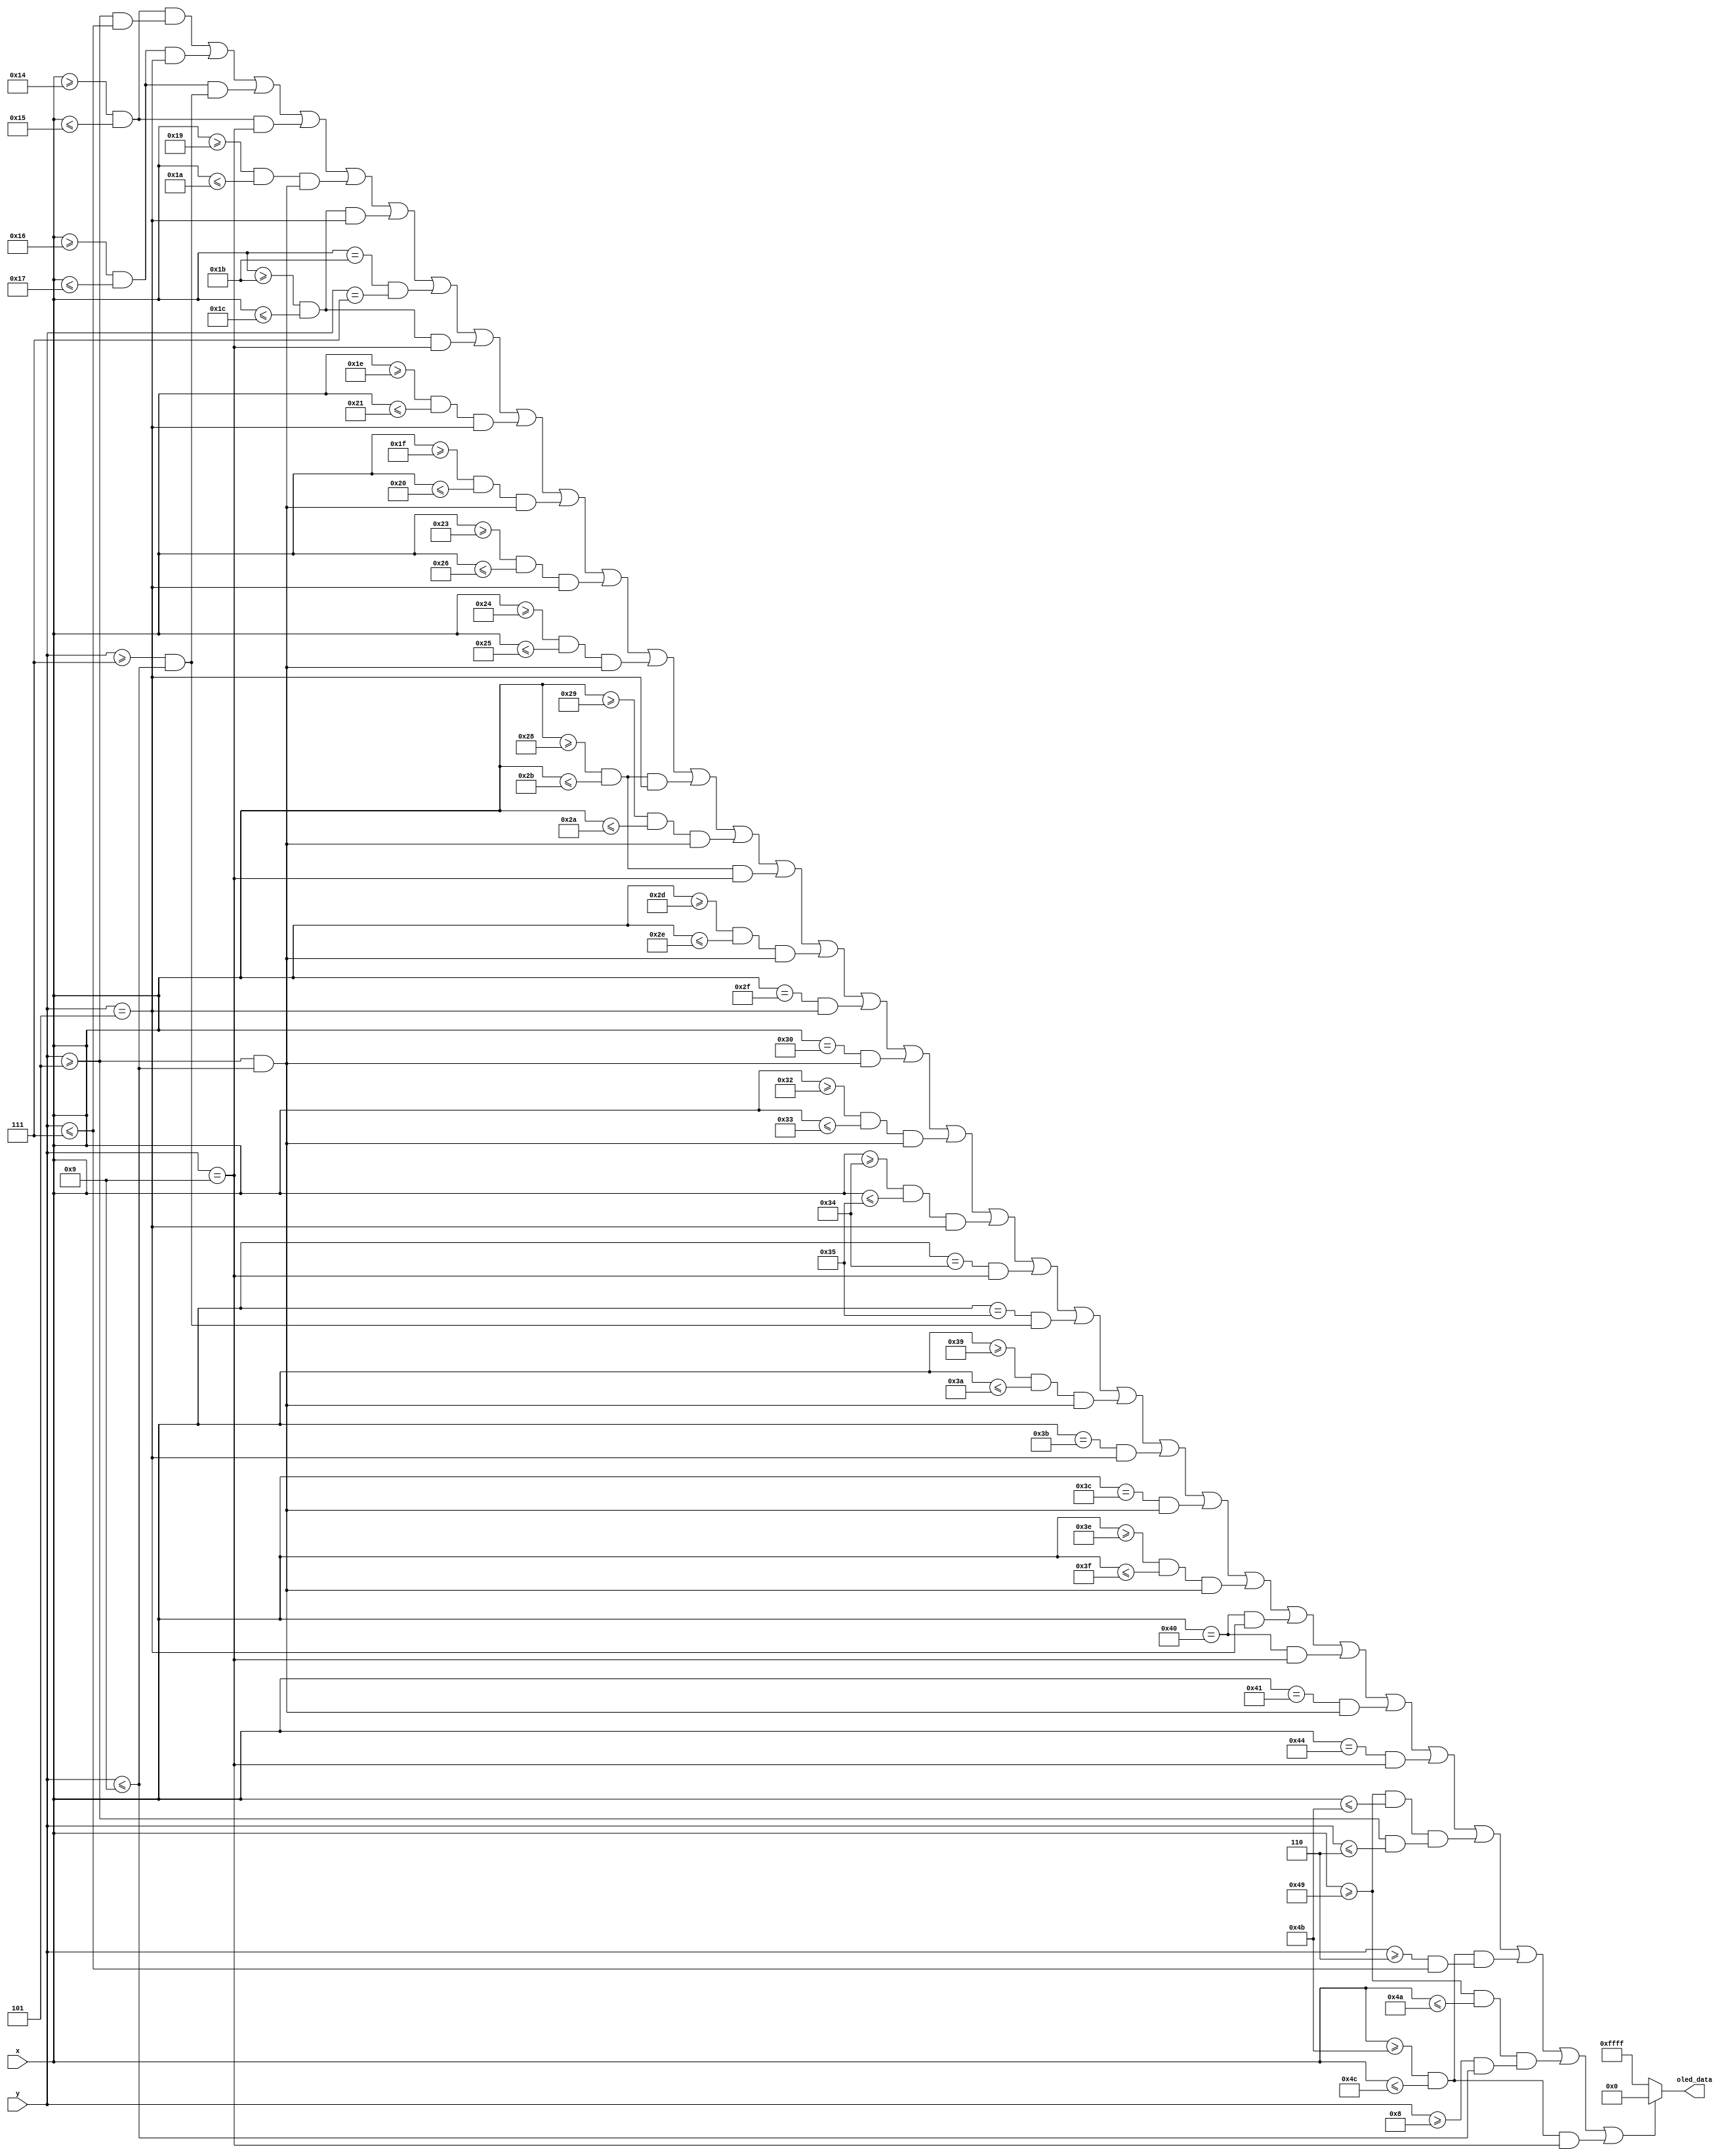
module Controls_2(
  input [6:0] x,
  input [5:0] y,
  output reg [15:0] oled_data
);

//Define constant as local parameter
//Colour display
localparam GREEN = 16'h07E0;
localparam ORANGE = 16'hFFE0; //Yellow
localparam RED = 16'hF800;
localparam BLACK = 16'h0000;
localparam PURPLE = 16'hF81F;
localparam YELLOW = 16'hFC00;    
localparam BLUE = 16'h001F;
localparam WHITE = 16'hFFFF;
localparam CYAN = 16'hF81F;
localparam MAGENTA = 16'hF81F;
localparam BROWN = 16'h8204;
localparam SKYBLUE = 16'h5FFF;

    //Display Game Control
     wire S2 = ((x >= 20 && x <= 21) && (y >= 5 && y <= 7)) || ((x >= 22 && x <= 23) && (y == 5)) || ((x >= 22 && x <= 23) && (y >= 7 && y <= 9)) || ((x >= 20 && x <= 21) && (y == 9)) ||
              ((x >= 25 && x <= 26) && (y >= 5 && y <= 9)) || ((x >= 27 && x <= 28) && (y == 5)) || ((x == 27) && (y == 7)) || ((x >= 27 && x <= 28) && (y == 9)) ||
              ((x >= 30 && x <= 33) && (y == 5)) || ((x >= 31 && x <= 32) && (y >= 5 && y <= 9)) ||
              ((x >= 35 && x <= 38) && (y == 5)) || ((x >= 36 && x <= 37) && (y >= 5 && y <= 9)) ||
              ((x >= 40 && x <= 43) && (y == 5)) || ((x >= 41 && x <= 42) && (y >= 5 && y <= 9)) || ((x >= 40 && x <= 43) && (y == 9)) ||
              ((x >= 45 && x <= 46) && (y >= 5 && y <= 9)) || ((x == 47) && (y == 5)) || ((x == 48) && (y >= 5 && y <= 9)) ||
              ((x >= 50 && x <= 51) && (y >= 5 && y <= 9)) || ((x >= 52 && x <= 53) && (y == 5)) || ((x == 52) && (y == 9)) || ((x == 53) && (y >= 7 && y <= 9)) ||
    
             ((x >= 57 && x <= 58) && (y >= 5 && y <= 9)) || ((x == 59) && (y == 5)) || ((x == 60) && (y >= 5 && y <= 9)) ||
             ((x >= 62 && x <= 63) && (y >= 5 && y <= 9)) || ((x == 64) && (y == 5)) || ((x == 64) && (y == 9)) || ((x == 65) && (y >= 5 && y <= 9)) ||
    
             ((x == 68) && (y == 9)) ||
    
             ((x >= 73 && x <= 75) && (y >= 5 && y <= 6)) || ((x >= 75 && x <= 76) && (y >= 6 && y <= 7)) || ((x >= 73 && x <= 74) && (y >= 8 && y <= 9)) || ((x >= 75 && x <= 76) && (y == 9));

    always @ (*) begin
    oled_data = WHITE;
        if (S2) begin
            oled_data = BLACK;
        end
    end  
endmodule